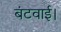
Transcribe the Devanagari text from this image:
बंटवाई।